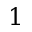
1